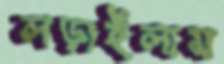
লড়াইলাম